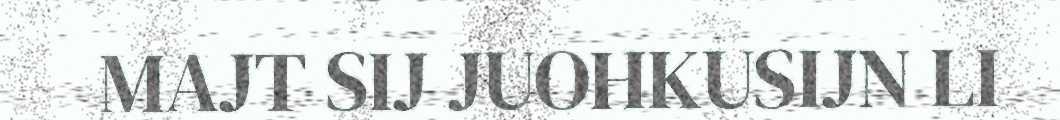
MAJT SIJ JUOHKUSIJN LI